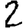
Digit: 2